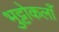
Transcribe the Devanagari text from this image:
भुट्टोकलाँ